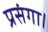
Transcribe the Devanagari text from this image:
प्रसंगा।